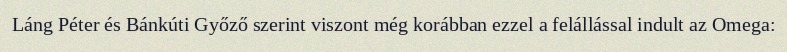
Láng Péter és Bánkúti Győző szerint viszont még korábban ezzel a felállással indult az Omega: